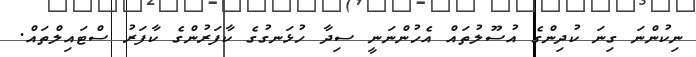
ނިކުންނަ ގިނަ ކުދިންގެ އުސޫލުތައް އެހުންނަނީ ސިދާ ހުޅަނގުގެ ކާފަރުންގެ ކާފަރު ސްޓައިލްތައް.